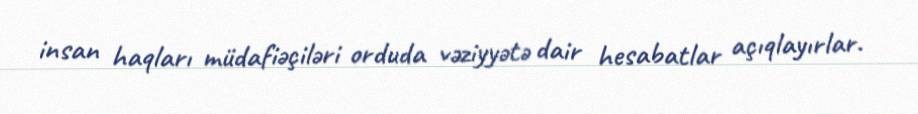
insan haqları müdafiəçiləri orduda vəziyyətə dair hesabatlar açıqlayırlar.